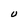
Character: U